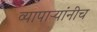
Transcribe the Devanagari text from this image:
व्यापाऱ्यांनीच